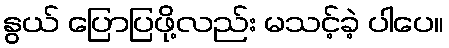
နွယ် ပြောပြဖို့လည်း မသင့်ခဲ့ ပါပေ။